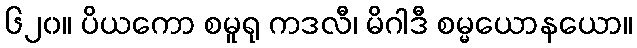
၆၂၀။ ပိယကော စမူရု ကဒလီ၊ မိဂါဒီ စမ္မယောနယော။